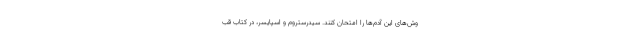
وش‌های این آدم‌ها را امتحان کنند. سیدرستروم و اسپایسر، در کتاب قب